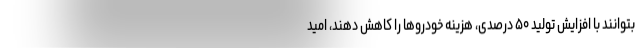
بتوانند با افزایش تولید ۵۰ درصدی، هزینه خودروها را کاهش دهند، امید